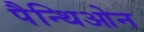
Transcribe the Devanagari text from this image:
पैन्थिओन